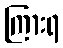
ကြားရ